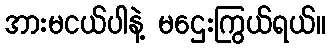
အားမငယ်ပါနဲ့ မဌေးကြွယ်ရယ်။